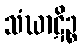
သံဃာဋိဉ္စ